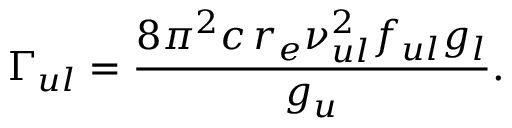
\Gamma _ { u l } = \frac { 8 \pi ^ { 2 } c \, r _ { e } \nu _ { u l } ^ { 2 } f _ { u l } g _ { l } } { g _ { u } } .